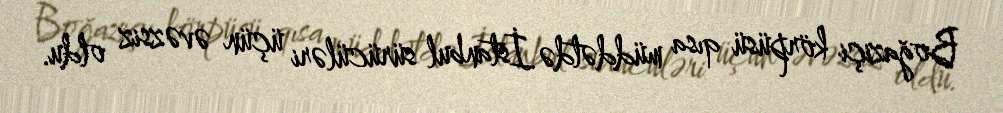
Boğaziçi körpüsü qısa müddətdə İstanbul sürücüləri üçün əvəzsiz oldu.